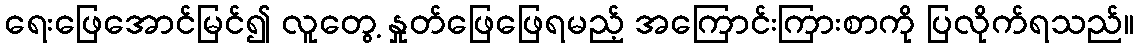
ရေးဖြေအောင်မြင်၍ လူတွေ့ နှုတ်ဖြေဖြေရမည့် အကြောင်းကြားစာကို ပြလိုက်ရသည်။